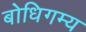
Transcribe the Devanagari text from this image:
बोधिगम्य